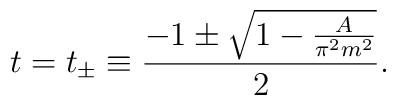
t=t_{\pm}\equiv \frac{-1\pm \sqrt{1-\frac{A}{\pi^2 m^2}}}{2}.